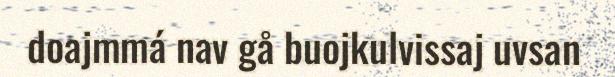
doajmmá nav gå buojkulvissaj uvsan